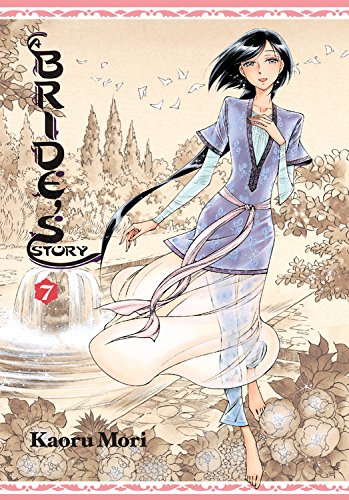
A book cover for A Bride's Story, Vol. 7; Comics & Graphic Novels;